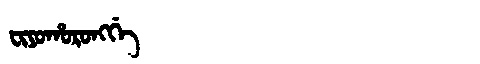
Manchu: ᠸᡳᠶᠣᡥᠣᡵᠣᠩᡤᡝ
Romanization: FIYOHORONGGE